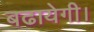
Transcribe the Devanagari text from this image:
बढायेगी।